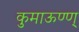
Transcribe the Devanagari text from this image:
कुमाऊण्ण्